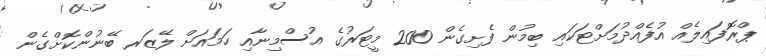
ޕްރޮފައިލެއް އުފެއްދުމަށްޓަކައި ބިމުން ފެށިގެން 200 މީޓަރުގެ އުސްމިނާއި ހަމައަށް ލޭޒަރ ބޭނުންކޮށްގެން